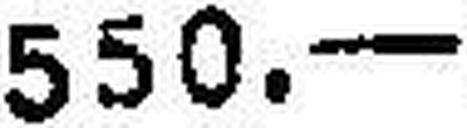
550.—